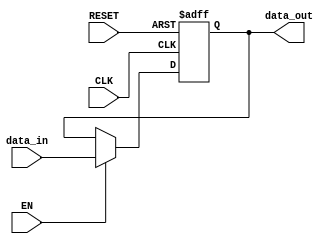
module pipeline_buffer #(
    parameter DATA_WIDTH = 8  // Parameter to define the width of the data
)(
    input wire CLK,            // Clock signal
    input wire EN,             // Enable signal
    input wire RESET,          // Reset signal
    input wire [DATA_WIDTH-1:0] data_in,  // Input data
    output reg [DATA_WIDTH-1:0] data_out   // Output data
);

    // Process block for synchronous operation
    always @(posedge CLK or posedge RESET) begin
        if (RESET) begin
            data_out <= 0;  // Reset output data to 0
        end else if (EN) begin
            data_out <= data_in;  // Load data on the rising edge of clock if enabled
        end
    end

endmodule